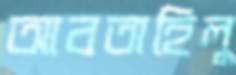
আবতাহিলু